Scottish Leaving Certificate Examination, 1957
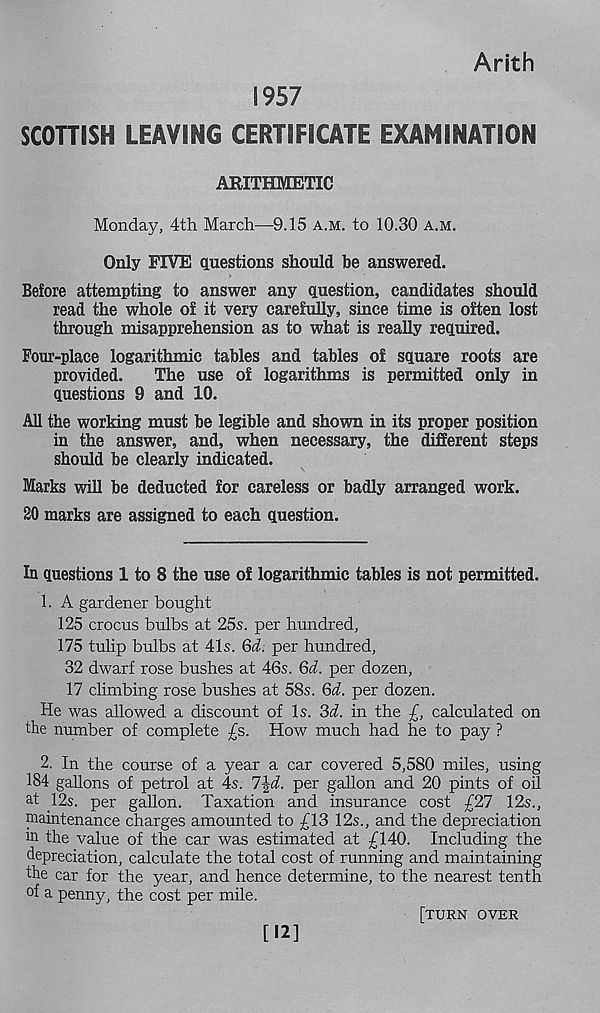
Arith
S957
SCOTTISH LEAVING CERTIFICATE EXAMINATION
ARITHMETIC
Monday, 4th March—9.15 a.m. to 10.30 a.m.
Only FIVE questions should be answered.
Before attempting to answer any question, candidates should
read the whole of it very carefully, since time is often lost
through misapprehension as to what is really required.
Four-place logarithmic tables and tables of square roots are
provided.
The use of logarithms is permitted only in
questions 9 and 10.
All the working must be legible and shown in its proper position
in the answer, and, when necessary, the different steps
should be clearly indicated.
Marks will be deducted for careless or badly arranged work.
20 marks are assigned to each question.
In questions 1 to 8 the use of logarithmic tables is not permitted.
1. A gardener bought
125 crocus bulbs at 25s. per hundred,
175 tulip bulbs at 41s. Qd. per hundred,
32 dwarf rose bushes at 46s. Qd. per dozen,
17 climbing rose bushes at 58s. Qd. per dozen.
He was allowed a discount of Is. 3d. in the ■ £, calculated on
the number of complete £s. How much had he to pay ?
2. In the course of a year a car covered 5,580 miles, using
184 gallons of petrol at 4s. l\d. per gallon and 20 pints of oil
at 12s. per gallon. Taxation and insurance cost £27 12s.,
maintenance charges amounted to £13 12s., and the depreciation
m the value of the car was estimated at £140. Including the
depreciation, calculate the total cost of running and maintaining
the car for the year, and hence determine, to the nearest tenth
°f a penny, the cost per mile.
[turn over
[12]